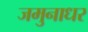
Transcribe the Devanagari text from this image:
जमुनाधर